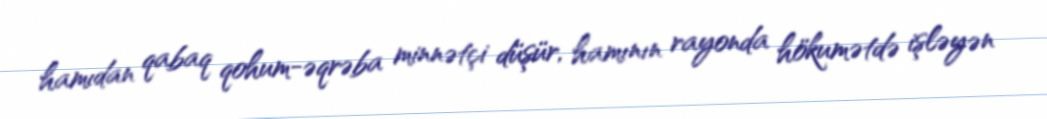
hamıdan qabaq qohum-əqrəba minnətçi düşür, hamının rayonda hökumətdə işləyən